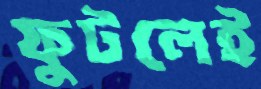
ফুটলেই